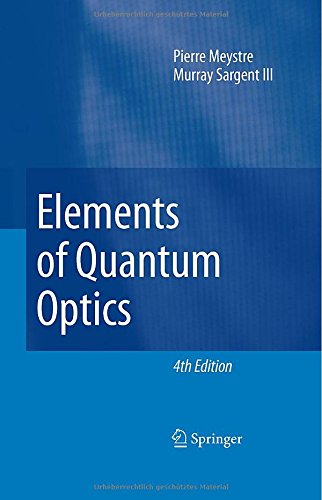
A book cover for Elements of Quantum Optics; Pierre Meystre; Science & Math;